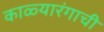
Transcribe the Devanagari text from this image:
काळ्यारंगाची